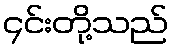
၄င်းတို့သည်